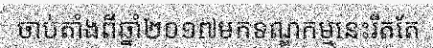
ចាប់តាំងពីឆ្នាំ២០១៧មកទណ្ឌកម្មនេះរឹតតែ